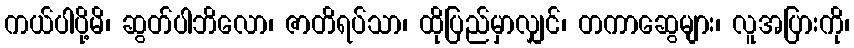
ကယ်ပါပို့မိ၊ ဆွတ်ပါဘိလော၊ ဇာတိရပ်သာ၊ ထိုပြည်မှာလျှင်၊ တကာဆွေများ၊ လူအပြားကို၊